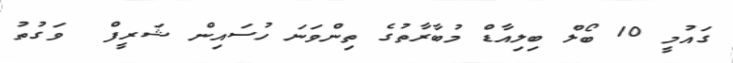
ގައުމީ 10 ބޯލް ބިލިއާޑް މުބާރާތުގެ ތިންވަނަ ހުސައިން ޝަރީފް  ވަގުތު